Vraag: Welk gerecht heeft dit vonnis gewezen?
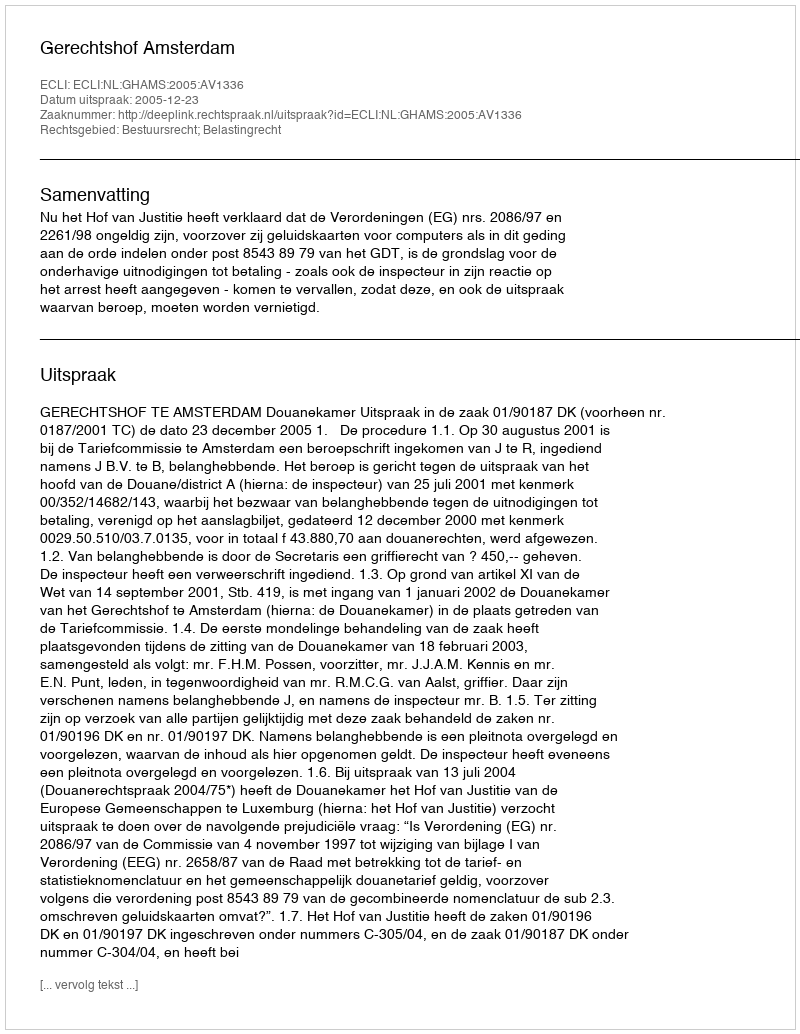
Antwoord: Gerechtshof Amsterdam